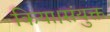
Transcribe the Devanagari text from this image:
किया।संयुक्त